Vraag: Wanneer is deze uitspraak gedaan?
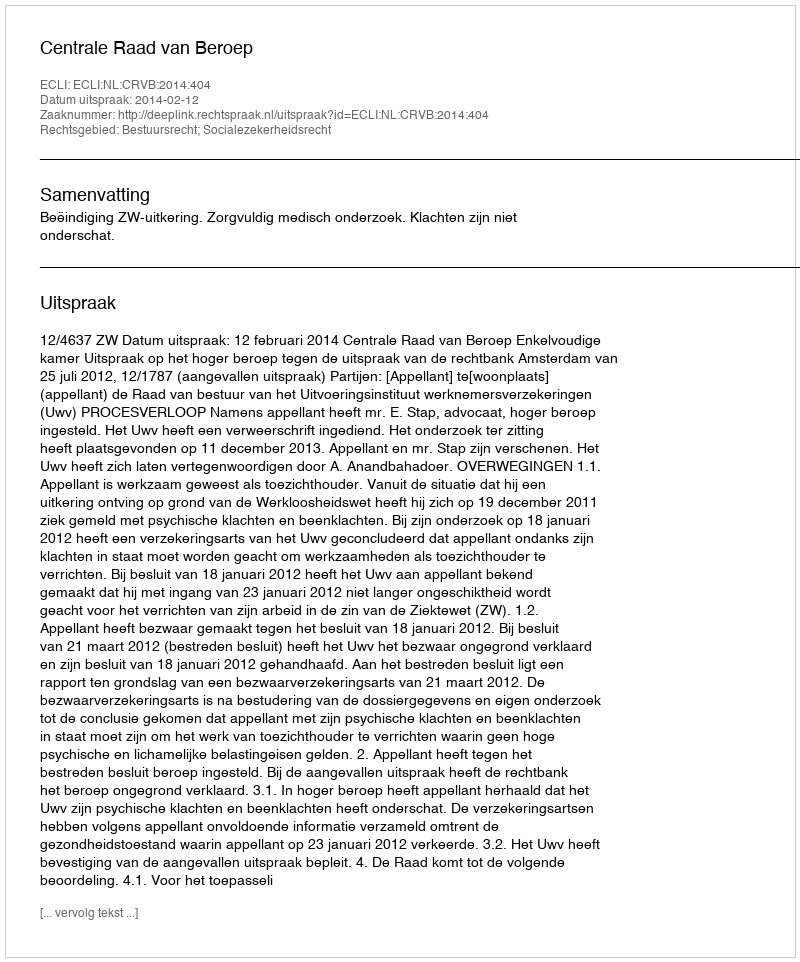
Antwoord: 2014-02-12